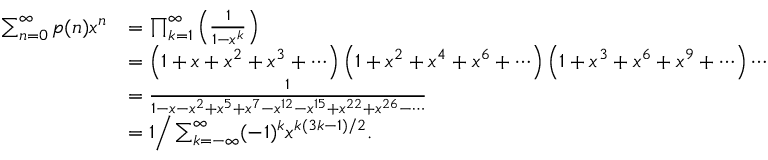
{ \begin{array} { r l } { \sum _ { n = 0 } ^ { \infty } p ( n ) x ^ { n } } & { = \prod _ { k = 1 } ^ { \infty } \left( { \frac { 1 } { 1 - x ^ { k } } } \right) } \\ & { = \left( 1 + x + x ^ { 2 } + x ^ { 3 } + \cdots \right) \left( 1 + x ^ { 2 } + x ^ { 4 } + x ^ { 6 } + \cdots \right) \left( 1 + x ^ { 3 } + x ^ { 6 } + x ^ { 9 } + \cdots \right) \cdots } \\ & { = { \frac { 1 } { 1 - x - x ^ { 2 } + x ^ { 5 } + x ^ { 7 } - x ^ { 1 2 } - x ^ { 1 5 } + x ^ { 2 2 } + x ^ { 2 6 } - \cdots } } } \\ & { = 1 { \Big / } \sum _ { k = - \infty } ^ { \infty } ( - 1 ) ^ { k } x ^ { k ( 3 k - 1 ) / 2 } . } \end{array} }